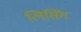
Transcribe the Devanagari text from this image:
लिसिंग